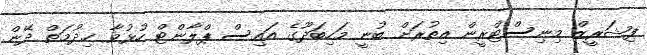
ފިޝަރީޒް މިނިސްޓްރީން އިތުރަށް ބުނީ މަހިބަދޫގެ އައިސް ޕްލާންޓް ހުޅުވާ ޚިދުމަތް ދޭން